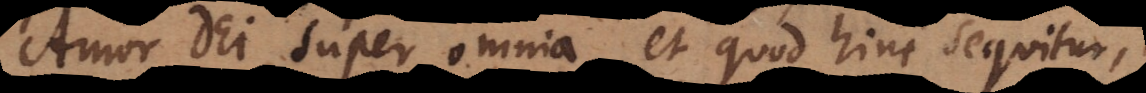
Amor Dei super omnia, et quod hinc sequitur,